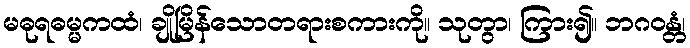
မဓုရဓမ္မကထံ၊ ချိုမြိန်သောတရားစကားကို။ သုတွာ၊ ကြား၍။ ဘဂဝန္တံ၊